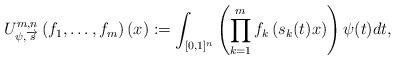
LaTeX: \begin{align*}U^{m,n}_{\psi,\overrightarrow{s}}\left(f_1,\ldots,f_m\right)(x):=\int_{[0,1]^n}\left(\prod\limits_{k=1}^mf_k\left(s_k(t)x\right)\right)\psi(t)dt,\end{align*}